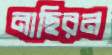
নাছিরন